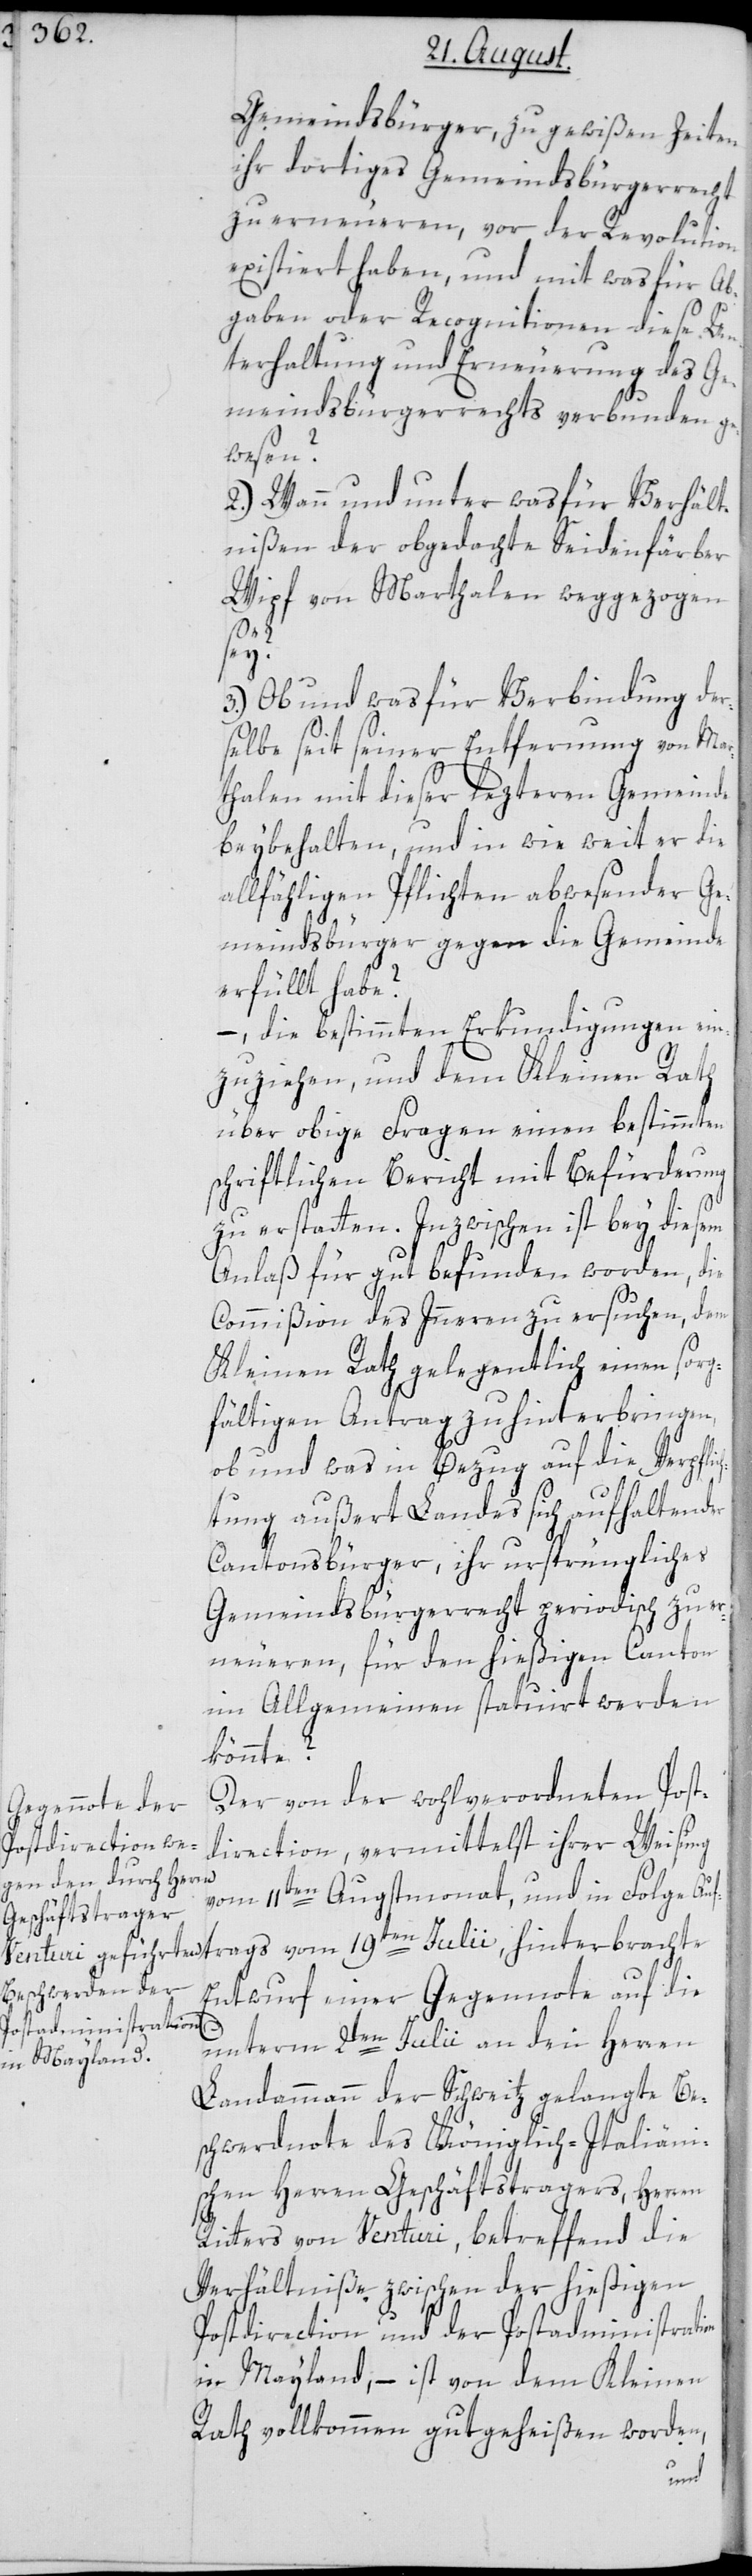
Gemeindsbürger, zu gewißen Zeiten
ihr dortiges Gemeindsbürgerrecht
zu erneueren, vor der Revolut¬
existiert haben, und mit was für Ab¬
gaben oder Recognitionen diese Un¬
terhaltung und Erneuerung des Ge¬
meindsbürgerrechts verbunden ge¬
wesen?
2.) Wann und unter was für Verhält¬
nißen der obgedachte Seidenfärber
Wipf von Marthalen weggezogen
ion
3.) Ob und was für Verbindung der¬
selbe seit seiner Entfernung von Mar¬
thalen mit dieser lezteren Gemeinde
beybehalten, und in wie weit er die
allfähligen Pflichten abwesender Ge¬
meindsbürger gegen die Gemeinde
erfüllt habe?
–, die bestimmten Erkundigungen ein¬
zuziehen, und dem Kleinen Rath
über obige Fragen einen bestimmten
schriftlichen Bericht mit Befürderung
zu erstatten. Inzwischen ist bey diesem
Anlaß für gut befunden worden, die
Commißion des Innern zu ersuchen, dem
Kleinen Rath gelegentlich einen sorg¬
fältigen Antrag zu hinterbringen,
ob und was in Bezug auf die Verpfli¬
tung außert Landes sich aufhaltender
Cantonsbürger, ihr ursprüngliches
Gemeindsbürgerrecht periodisch zu er¬
neueren, für den hießigen Canton
im Allgemeinen statuiert werden
könnte?
Der von der wohlverordneten Post¬
direction, vermittelst ihrer Weisung
vom 11ten Augstmonat, und in Folge Auf¬
Entwurf einer Gegennnote auf die
unterm 2ten Julii an den Herren
Landammann der Schweitz gelangte Be¬
schwerdnote des Königlich-Italiäni¬
schen Herren Geschäftstragers, Herren
Ritters von Venturi, betreffend die
Verhältniße zwischen der hießigen
Postdirection und der Postadministrat¬
in Mayland, – ist von dem Kleinen
Rath vollkommen gutgeheißen worden,